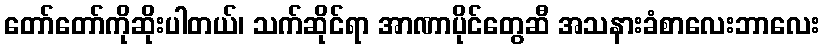
တော်တော်ကိုဆိုးပါတယ်၊ သက်ဆိုင်ရာ အာဏာပိုင်တွေဆီ အသနားခံစာလေးဘာလေး